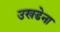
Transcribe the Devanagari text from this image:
उखडेना